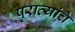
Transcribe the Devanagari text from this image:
पुराव्यांचे